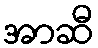
အာဆီ